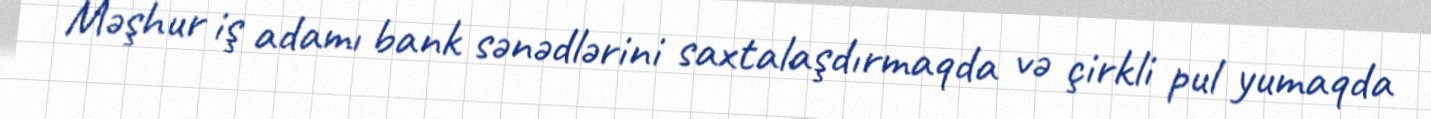
Məşhur iş adamı bank sənədlərini saxtalaşdırmaqda və çirkli pul yumaqda